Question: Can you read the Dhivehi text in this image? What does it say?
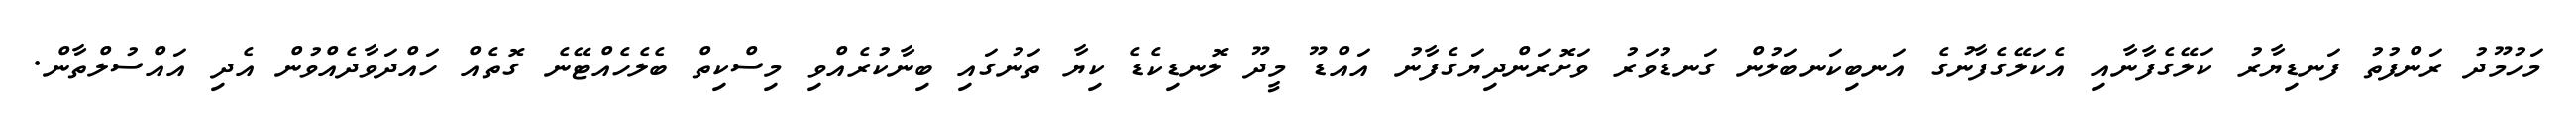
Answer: މަހުމޫދު ރަންފުތު ފަނޑިޔާރު ކަލޭގެފާނާއި އެކަލޭގެފާނުގެ އަނބިކަނބަލުން ގަނޑުވަރު ވަށޮރަންދިޔަގެފާނު އައްޑޫ މީދޫ ލޮނޑިކެޑެ ކިޔާ ތަނުގައި ބިނާކުރެއްވި މިސްކިތް ބެލެހެއްޓޭނެ ގޮތެއް ހައްދަވާދެއްވުން އެދި އައްސުލްތާން.